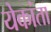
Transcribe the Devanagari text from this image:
येकांता